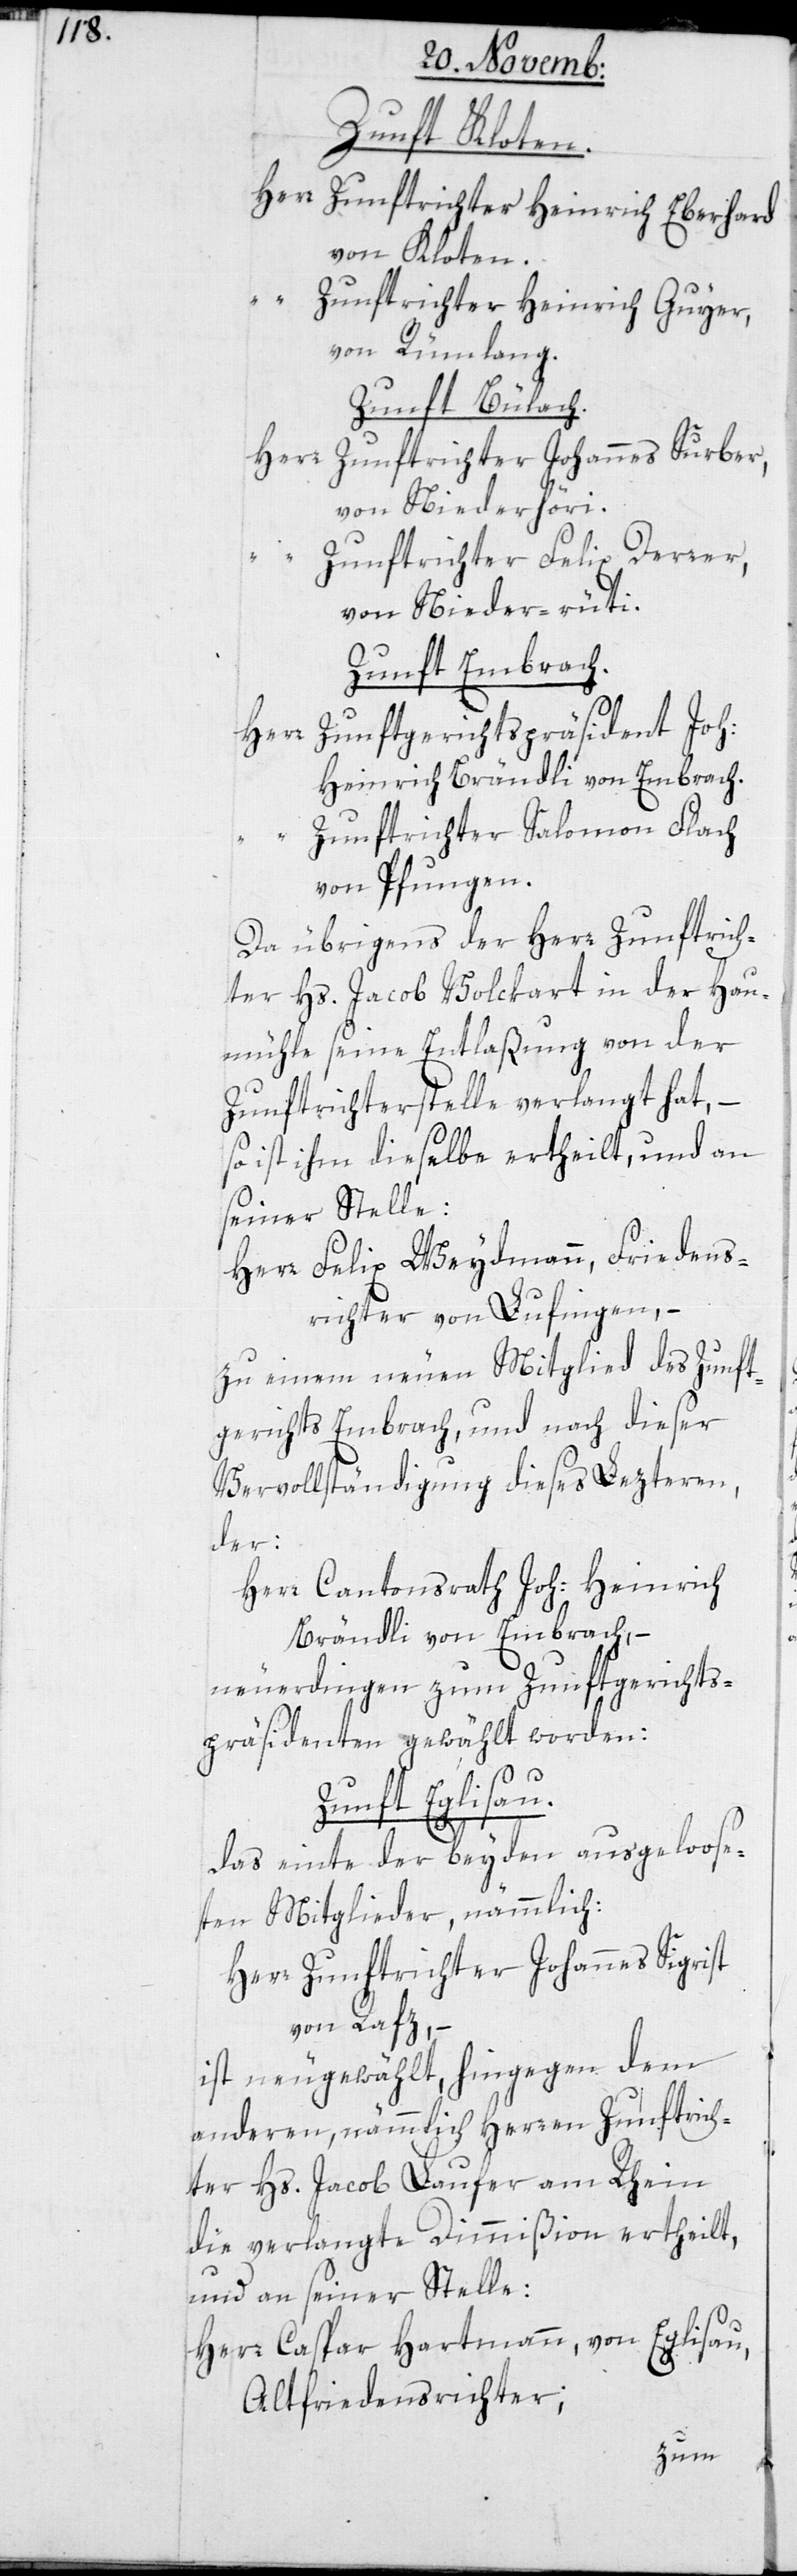
Zunft Kloten.
Herr Zunftrichter Heinrich Eberhard,
von Kloten.
“ Zunftrichter Heinrich Guyer,
von Rümlang.
Zunft Bülach.
Herr
Zunftrichter Johannes Surber,
von Niederhöri.
Zunftrichter Felix Derrer,
von Nieder-rüti.
Zunft Embrach.
Zunftgerichtspärsident Joh:
Herr
Heinrich Brändli, von Embrach.
Zunftrichter Salomon Flach,
von Pfungen.
Da übrigens der Herr Zunftrich¬
ter Hs. Jacob Volckart in der Hau¬
mühle seine Entlaßung von der
Zunftrichterstelle verlangt hat, –
so ist ihm dieselbe ertheilt, und an
seiner Stelle:
Herr Felix Weydmann, Friedens¬
richter, von Lufingen, –
zu einem neuen Mitglied des Zunft¬
gerichts Embrach, und nach dieser
Vervollständigung dieses Lezteren,
der:
Herr Cantonsrath Joh: Heinrich
Brändli, von Embrach, –
neuerdingen zum Zunftgerichts¬
präsidenten gewählt worden:
Zunft Eglisau.
das Einte der beyden ausgeloose¬
ten Mitglieder, nämmlich:
Herr Zunftrichter Johannes Sigrist,
von Rafz, –
ist neugewählt, hingegen dem
anderen, nämmlich Herren Zunftrich¬
ter Hs. Jacob Laufer am Rhein
die verlangte Dimmißion ertheilt,
und an seiner Stelle:
Herr Caspar Hartmann, von Eglisau,
Altfriedensrichter;